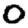
Digit: 0